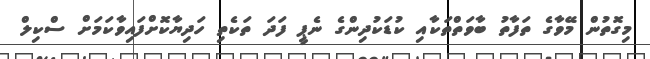
މިގޮތުން މޭވާގެ ތަފާތު ބާވަތްތަކާއި ކުޑަކުދިންގެ ނެޕީ ފަދަ ތަކެތި ހަދިޔާކޮށްފައިވާކަމަށް ސްކިލް